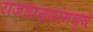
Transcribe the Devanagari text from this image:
राजधान्यांमध्ये